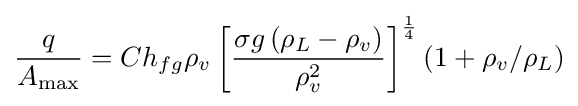
{\frac {q}{A_{\text{max}}}}=Ch_{fg}\rho _{v}\left[{\frac {\sigma g\left(\rho _{L}-\rho _{v}\right)}{\rho _{v}^{2}}}\right]^{\frac {1}{4}}(1+\rho _{v}/\rho _{L})